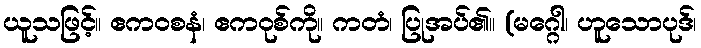
ယူသဖြင့်။ ဧကဝစနံ၊ ဧကဝုစ်ကို။ ကတံ၊ ပြုအပ်၏။ (မဂ္ဂေါ၊ ဟူသောပုဒ်၊